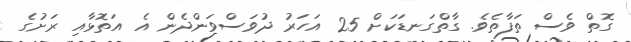
ގޮތް ވެސް ތަފާތެވެ. ގާތްގަނޑަކަށް 25 އަހަރު ދުވަސްވަންދެން އެ އަތޮޅާއި ރަށުގެ